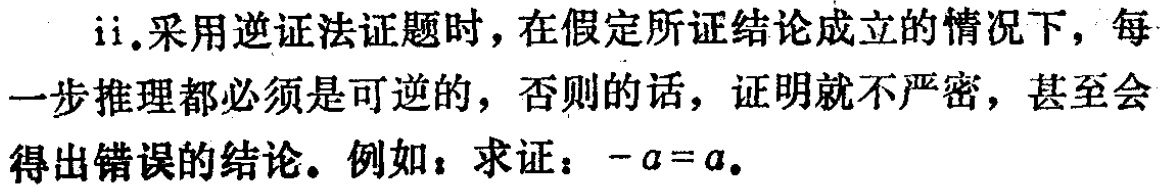
ii.采用逆证法证题时，在假定所证结论成立的情况下，每一步推理都必须是可逆的，否则的话，证明就不严密，甚至会得出错误的结论。例如：求证：\(-a = a\)。